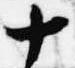
十